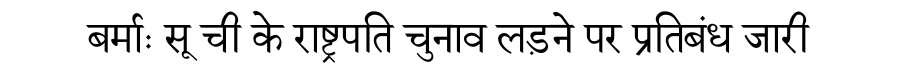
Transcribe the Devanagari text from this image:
बर्माः सू ची के राष्ट्रपति चुनाव लड़ने पर प्रतिबंध जारी